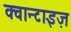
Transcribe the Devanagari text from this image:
क्वान्टाइज़